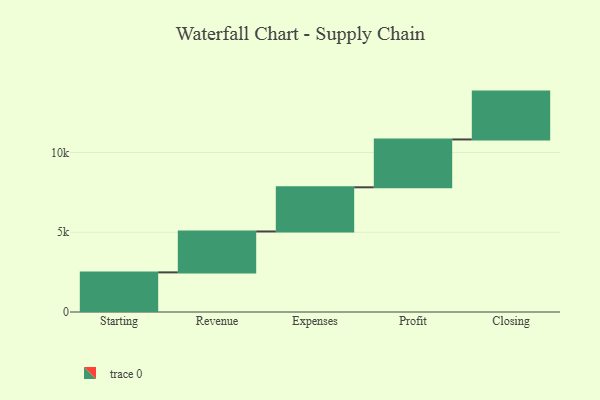
{"axis": {"x": "Step", "y": "Value"}, "legend": [""], "data": [{"x": "Starting", "y": 2484.0, "type": ""}, {"x": "Revenue", "y": 2565.0, "type": ""}, {"x": "Expenses", "y": 2769.0, "type": ""}, {"x": "Profit", "y": 3000, "type": ""}, {"x": "Closing", "y": 3000, "type": ""}]}